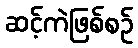
ဆင့်ကဲဖြစ်စဉ်